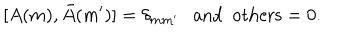
LaTeX: [ A ( m ) , \bar { A } ( m ^ { \prime } ) ] = \delta _ { m m ^ { \prime } } \ \ \ \mathrm { a n d \ \ o t h e r s } = 0 .